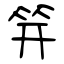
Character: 笄